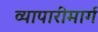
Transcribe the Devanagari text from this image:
व्यापारीमार्ग